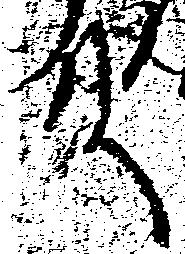
殿